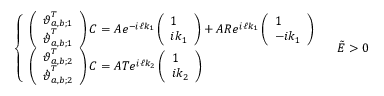
\left\{ \begin{array} { l l } { \left( \begin{array} { l } { \boldsymbol { \vartheta } _ { a , b ; 1 } ^ { T } } \\ { \dot { \boldsymbol { \vartheta } } _ { a , b ; 1 } ^ { T } } \end{array} \right) \boldsymbol { C } = A e ^ { - i \ell k _ { 1 } } \left( \begin{array} { l } { 1 } \\ { i k _ { 1 } } \end{array} \right) + A R e ^ { i \ell k _ { 1 } } \left( \begin{array} { l } { 1 } \\ { - i k _ { 1 } } \end{array} \right) } \\ { \left( \begin{array} { l } { \boldsymbol { \vartheta } _ { a , b ; 2 } ^ { T } } \\ { \dot { \boldsymbol { \vartheta } } _ { a , b ; 2 } ^ { T } } \end{array} \right) \boldsymbol { C } = A T e ^ { i \ell k _ { 2 } } \left( \begin{array} { l } { 1 } \\ { i k _ { 2 } } \end{array} \right) } \end{array} \right. \quad \tilde { E } > 0